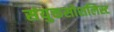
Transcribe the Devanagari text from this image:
संयुक्तसोशलिस्ट